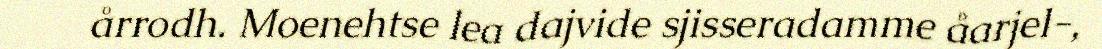
årrodh. Moenehtse lea dajvide sjisseradamme åarjel-,